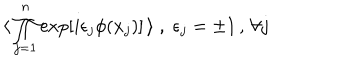
\langle \, \prod _ { j = 1 } ^ { n } \exp [ i \epsilon _ { j } \phi ( x _ { j } ) ] \, \rangle \; , \; \epsilon _ { j } = \pm 1 \, , \, \forall j \,